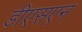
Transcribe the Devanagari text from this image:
डीएसएन